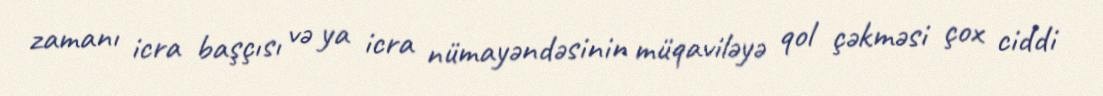
zamanı icra başçısı və ya icra nümayəndəsinin müqaviləyə qol çəkməsi çox ciddi